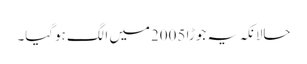
حالانکہ یہ جوڑا 2005میں الگ ہوگیا۔